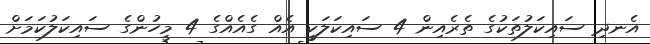
އެނދި ސައިކަލުތަކުގެ ތެރެއިން 4 ސައިކަލަކީ އެއް ގެއެއްގެ 4 މީހުންގެ ސައިކަލުކަމަށް